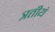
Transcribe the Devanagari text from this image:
त्रतीयं